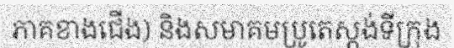
ភាគខាងជើង) និងសមាគមប្រូតេស្តង់ទីក្រុង